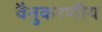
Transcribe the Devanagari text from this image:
वैनुकरणीय